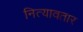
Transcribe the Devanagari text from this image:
नित्यावतार